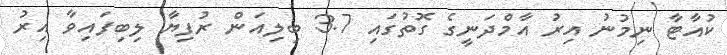
ކުއާޓާ ނިމުުނު އިރު އާމްދަނީގެ ގޮތުގައި 3.7 ބިލިއަން ރުފިޔާ ލިބިފައިވާ އިރު